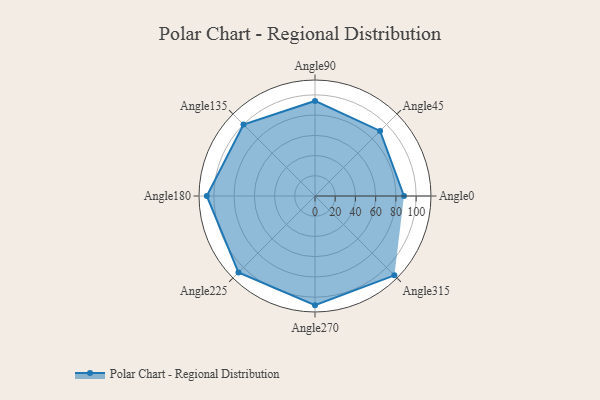
{"axis": {"x": "Angle", "y": "Radius"}, "legend": [""], "data": [{"x": "Angle0", "y": 88.0, "type": ""}, {"x": "Angle45", "y": 91.0, "type": ""}, {"x": "Angle90", "y": 94.0, "type": ""}, {"x": "Angle135", "y": 100.0, "type": ""}, {"x": "Angle180", "y": 107.0, "type": ""}, {"x": "Angle225", "y": 107.0, "type": ""}, {"x": "Angle270", "y": 108.0, "type": ""}, {"x": "Angle315", "y": 111.0, "type": ""}]}